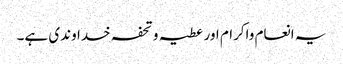
یہ انعام واکرام اور عطیہ و تحفہ خداوندی ہے۔